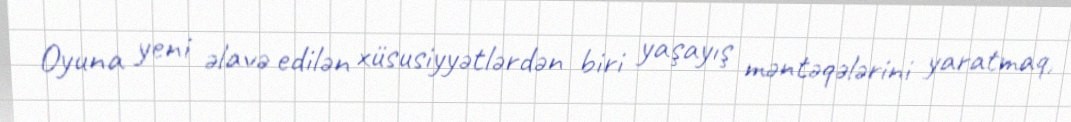
Oyuna yeni əlavə edilən xüsusiyyətlərdən biri yaşayış məntəqələrini yaratmaq,